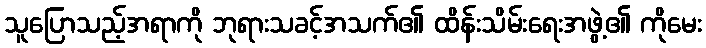
သူပြောသည့်အရာကို ဘုရားသခင့်အသက်၏ ထိန်းသိမ်းရေးအဖွဲ့၏ ကိုမေး